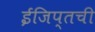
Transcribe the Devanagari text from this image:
ईजिप्तची